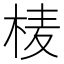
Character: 𭪄